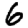
Digit: 6